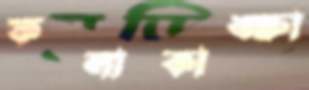
ফলাকাঙ্ক্ষা